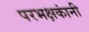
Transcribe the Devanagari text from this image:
परभक्षकांनी